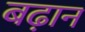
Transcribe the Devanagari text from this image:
बढ़ान